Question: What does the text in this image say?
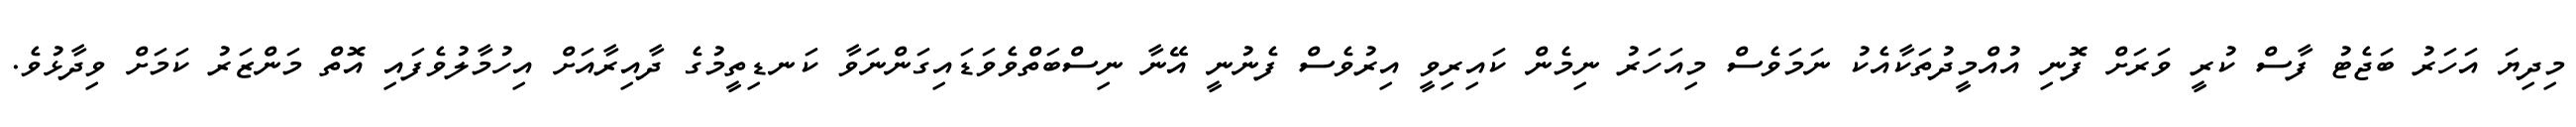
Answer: މިދިޔަ އަހަރު ބަޖެޓު ފާސް ކުރީ ވަރަށް ފޮނި އުއްމީދުތަކާއެކު ނަމަވެސް މިއަހަރު ނިމެން ކައިރިވީ އިރުވެސް ފެނުނީ އޭނާ ނިސްބަތްވެވަޑައިގަންނަވާ ކަނޑިތީމުގެ ދާއިރާއަށް އިހުމާލުވެފައި އޮތް މަންޒަރު ކަމަށް ވިދާޅުވެ.